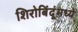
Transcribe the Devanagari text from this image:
शिरोबिंदूंमध्ये